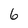
Character: 6